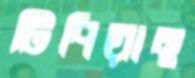
টিপিয়াছ